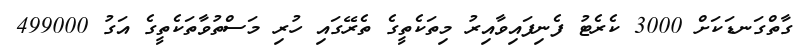
ގާތްގަނޑަކަށް 3000 ކެރެޓު ފެނިފައިވާއިރު މިތަކެތީގެ ތެރޭގައި ހުރި މަސްތުވާތަކެތީގެ އަގު 499000